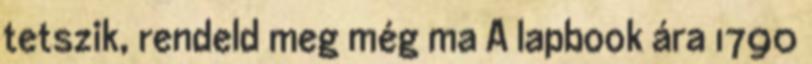
tetszik, rendeld meg még ma A lapbook ára 1790